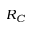
R _ { C }